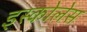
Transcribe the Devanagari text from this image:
इस्कोलेस